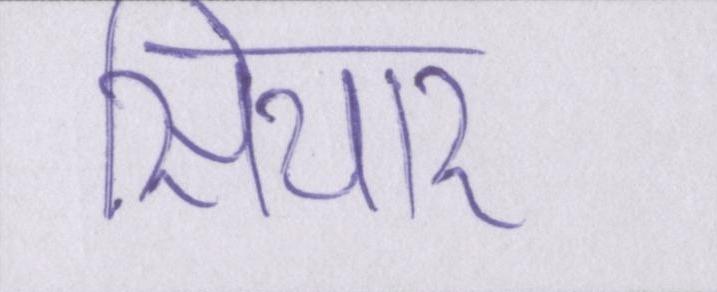
सियार